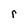
Character: r